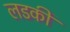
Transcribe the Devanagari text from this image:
लडकीं